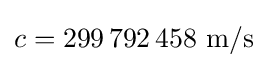
c=299\,792\,458~{\text{m/s}}